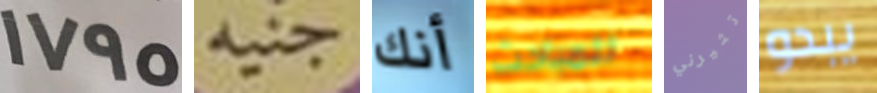
1795 جنيه أنك للمباحث تثيرني يبدو